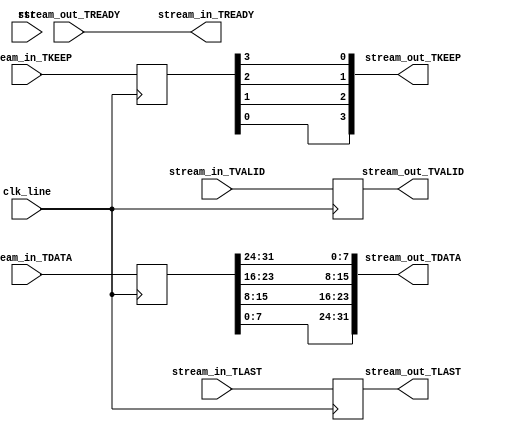
// *************************************************************************
// 
// *** Copyright Notice ***
//
// P38 heterogeneous multi-tiled system with support for message queues 
// (MoSAIC) Copyright (c) 2024, The Regents of the University of California, 
// through Lawrence Berkeley National Laboratory (subject to receipt of
// any required approvals from the U.S. Dept. of Energy). All rights reserved.
// 
// If you have questions about your rights to use or distribute this software,
// please contact Berkeley Lab's Intellectual Property Office at
// IPO@lbl.gov.
//
// NOTICE.  This Software was developed under funding from the U.S. Department
// of Energy and the U.S. Government consequently retains certain rights.  As
// such, the U.S. Government has been granted for itself and others acting on
// its behalf a paid-up, nonexclusive, irrevocable, worldwide license in the
// Software to reproduce, distribute copies to the public, prepare derivative 
// works, and perform publicly and display publicly, and to permit others 
// to do so.
//
// *************************************************************************

/////////////////////////////////////////////////////////////////////////////////////////
// Description : Output packet interface between open-nic-shell and MoSAIC
// Notes       : 
//  - From USS by Farzad F. (LBL), and Chris N. (AMD).
//  - FIXME: Needs to be verified 
//////////////////////////////////////////////////////////////////////////////////////////

`timescale 1 ps / 1 ps

module S_PROTOCOL_ADAPTER_EGRESS (
   clk_line,
   rst,
   stream_in_TLAST,
   stream_in_TVALID,
   stream_in_TREADY,
   stream_in_TDATA,
   stream_in_TKEEP,
   stream_out_TLAST,
   stream_out_TVALID,
   stream_out_TREADY,
   stream_out_TDATA,
   stream_out_TKEEP
);

input         clk_line;
input         rst;
input         stream_in_TLAST;
input         stream_in_TVALID;
output        stream_in_TREADY;
input  [31:0] stream_in_TDATA;
input   [3:0] stream_in_TKEEP;
output        stream_out_TLAST;
output        stream_out_TVALID;
input         stream_out_TREADY;
output [31:0] stream_out_TDATA;
output  [3:0] stream_out_TKEEP;

wire        stream_in_TREADY;
reg         stream_out_TLAST;
reg         stream_out_TVALID;
wire [31:0] stream_out_TDATA;
wire  [3:0] stream_out_TKEEP;

assign stream_in_TREADY = stream_out_TREADY;

always @( posedge clk_line ) begin
   stream_out_TVALID <= stream_in_TVALID;
   stream_out_TLAST <= stream_in_TLAST;
end

reg [31:0] TDATA_i;
reg  [3:0] TKEEP_i;
always @(posedge clk_line) begin
   TDATA_i <= stream_in_TDATA;
   TKEEP_i <= stream_in_TKEEP;
end
   
genvar i;
genvar j;

for (i=0; i<4; i=i+1) begin
   for (j=0; j<8; j=j+1) begin
      assign stream_out_TDATA[i*8+j] = TDATA_i[(4-i-1)*8+j];
   end
end

for (i=0; i<4; i=i+1) begin 
   assign stream_out_TKEEP[i] = TKEEP_i[3-i];
end


endmodule